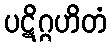
ပဋိဂ္ဂဟိတံ